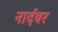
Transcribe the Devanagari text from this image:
नार्दबर